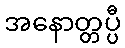
အနောတ္တပ္ပီ